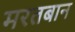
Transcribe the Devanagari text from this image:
मरतबान